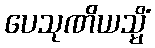
ပေသုဏိယသ္မိံ